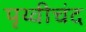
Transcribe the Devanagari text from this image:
पृथ्वीचंद